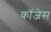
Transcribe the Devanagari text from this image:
कॉजेस